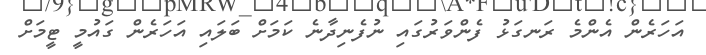
އަހަރެން އެންމެ ރަނގަޅު ފެންވަރުގައި ނުފެނިދާނެ ކަމަށް ބަލައި އަހަރެން ގައުމީ ޓީމަށް